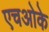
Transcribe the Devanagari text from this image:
एचओके